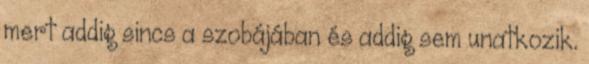
mert addig sincs a szobájában és addig sem unatkozik.